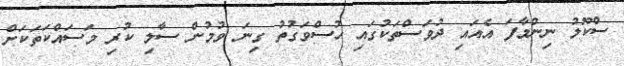
ސްކޫލު ނިންމާފަ އެއައި ދުވަސްތަކުގައި ހުސްވަގުތު ގިނަ ވުމުން ސާލި ކުރި މަސައްކަތަކަށް